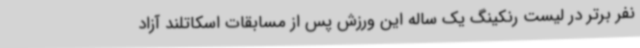
نفر برتر در لیست رنکینگ یک ساله این ورزش پس از مسابقات اسکاتلند آزاد